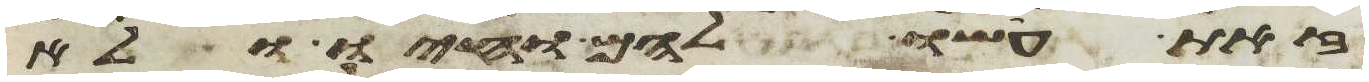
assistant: זאת עשו להם וחיו ולא